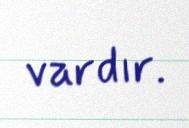
vardır.